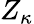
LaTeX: Z_{\kappa}